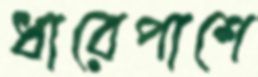
ধারেপাশে